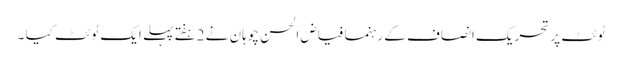
ٹوئٹ پر تحریک انصاف کے رہنما فیاض الحسن چوہان نے 2ہفتے پہلے ایک ٹوئٹ کیا ۔